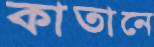
কাতানে